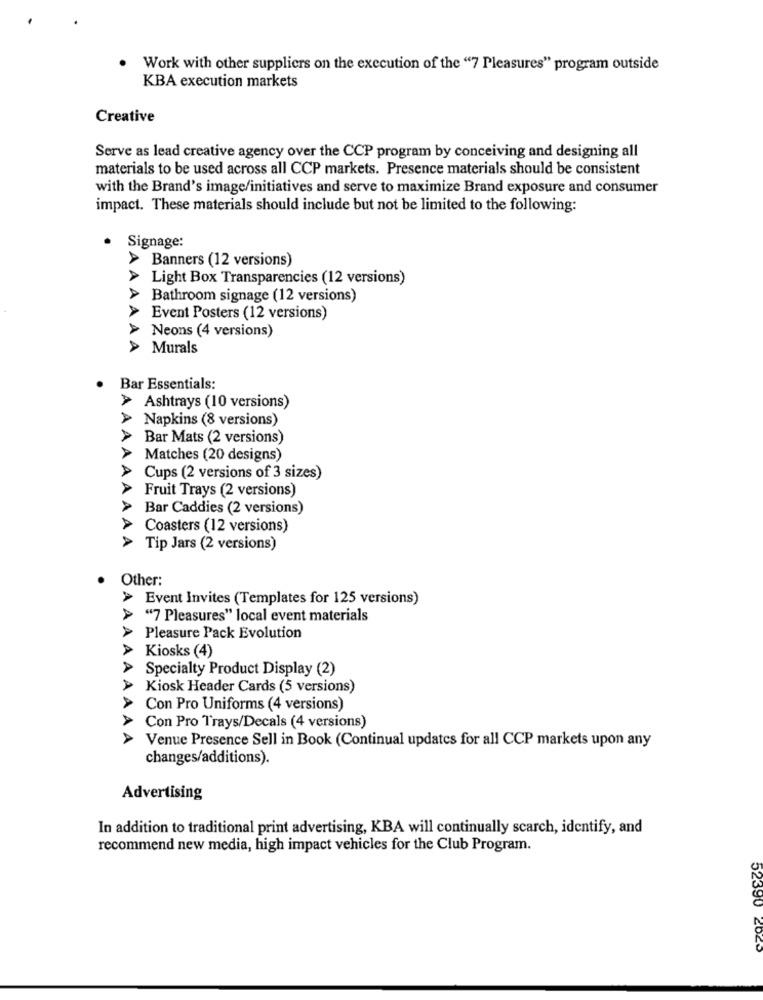
Work with other suppliers on the execution of the "7 Pleasures" program outside
KBA execution markets
Creative
Serve as lead creative agency over the CCP program by conceiving and designing all
materials to be used across all CCP markets. Presence materials should be consistent
with the Brand's image/initiatives and serve to maximize Brand exposure and consumer
impact. These materials should include but not be limited to the following:
· Signage:
> Banners (12 versions)
>Light Box Transparencies (12 versions)
> Bathroom signage (12 versions)
> Event Posters (12 versions)
> Neons (4 versions)
> Murals
AAAAAA
Bar Essentials:
> Ashtrays (10 versions)
Napkins (8 versions)
Bar Mats (2 versions)
AAA
Matches (20 designs)
AA
Cups (2 versions of 3 sizes)
Fruit Trays (2 versions)
Bar Caddies (2 versions)
Coasters (12 versions)
AAAA
Tip Jars (2 versions)
Other:
> Event Invites (Templates for 125 versions)
> "7 Pleasures" local event materials
Pleasure Pack Evolution
Kiosks (4)
AAAAA
Specialty Product Display (2)
Kiosk Header Cards (5 versions)
AA
Con Pro Uniforms (4 versions)
Con Pro Trays/Decals (4 versions)
Venue Presence Sell in Book (Continual updates for all CCP markets upon any
changes/additions).
Advertising
In addition to traditional print advertising, KBA will continually scarch, identify, and
recommend new media, high impact vehicles for the Club Program.
52390 2020